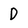
Character: D